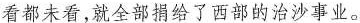
看都未看，就全部捐给了西部的治沙事业。